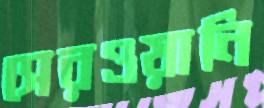
সেরওয়ানি